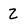
Character: 2